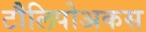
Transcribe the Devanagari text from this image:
टौलिपोअकस